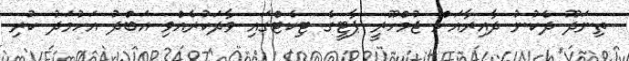
ތިނަދޫ ދެކުނު ދާއިރާއަށް ޖުމްހޫރީ ޕާޓީގެ ޓިކެޓްގައި ވާދަކުރެއްވި އަބްދު އަހުމަދު ކުރި